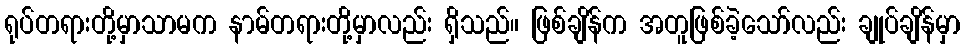
ရုပ်တရားတို့မှာသာမက နာမ်တရားတို့မှာလည်း ရှိသည်။ ဖြစ်ချိန်က အတူဖြစ်ခဲ့သော်လည်း ချုပ်ချိန်မှာ